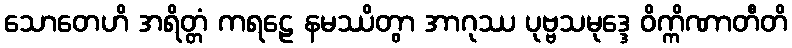
သောတေဟိ အရိတ္တံ ကရဠေ နမဿိတွာ အာဂုဿ ပုဗ္ဗသမုဒ္ဒေ ဝိက္ကိဏာတီတိ